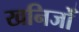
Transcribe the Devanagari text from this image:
खनिजोँ